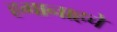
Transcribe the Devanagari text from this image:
हगानाहचे